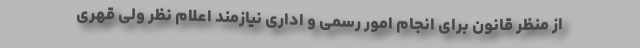
از منظر قانون برای انجام امور رسمی و اداری نیازمند اعلام نظر ولی قهری